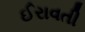
ઈરાવતી